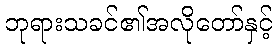
ဘုရားသခင်၏အလိုတော်နှင့်